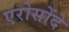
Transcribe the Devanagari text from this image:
एरोसोंदे